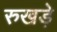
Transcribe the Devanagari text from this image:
रुखड़े